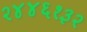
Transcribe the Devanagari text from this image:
२४४६१३२